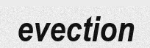
evection